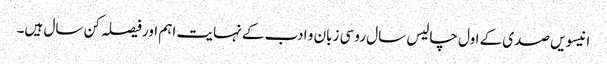
انیسویں صدی کے اول چالیس سال روسی زبان و ادب کے نہایت اہم اور فیصلہ کن سال ہیں۔